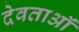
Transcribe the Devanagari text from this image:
देवताऑं